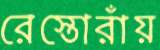
রেস্তোরাঁয়